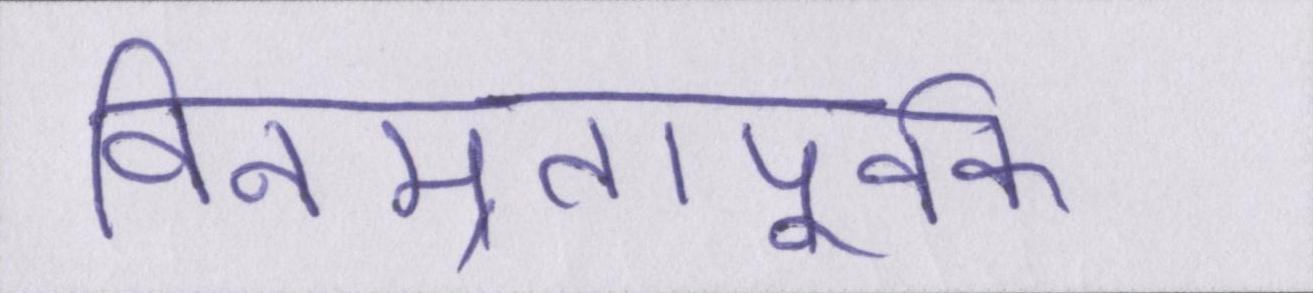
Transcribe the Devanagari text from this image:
विनम्रतापूर्वक